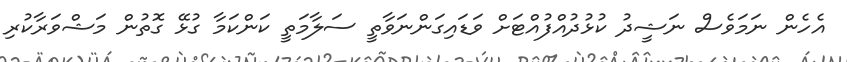
އެހެން ނަމަވެސް ނަޝީދު ކުޅުދުއްފުއްޓަށް ވަޑައިގަންނަވާތީ ސަލާމަތީ ކަންކަމާ ގުޅޭ ގޮތުން މަޝްވަރާކުރި